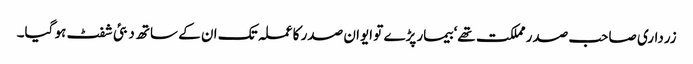
زرداری صاحب صدر مملکت تھے‘ بیمار پڑے تو ایوان صدر کا عملہ تک ان کے ساتھ دبئی شفٹ ہو گیا۔